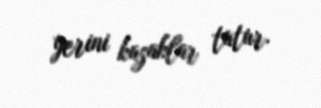
yerini kazaklar tutur.